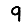
Digit: 9